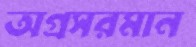
অগ্রসরমান